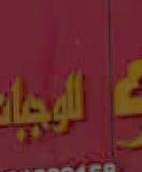
بلهجات